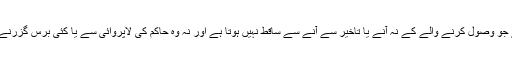
وہ ایک ایسا فریضہ ہے جو وصول کرنے والے کے نہ آنے یا تاخیر سے آنے سے ساقط نہیں ہوتا ہے اور نہ وہ حاکم کی لاپروائی سے یا کئی برس گزرنے سے ہی ساقط ہوتا ہے۔